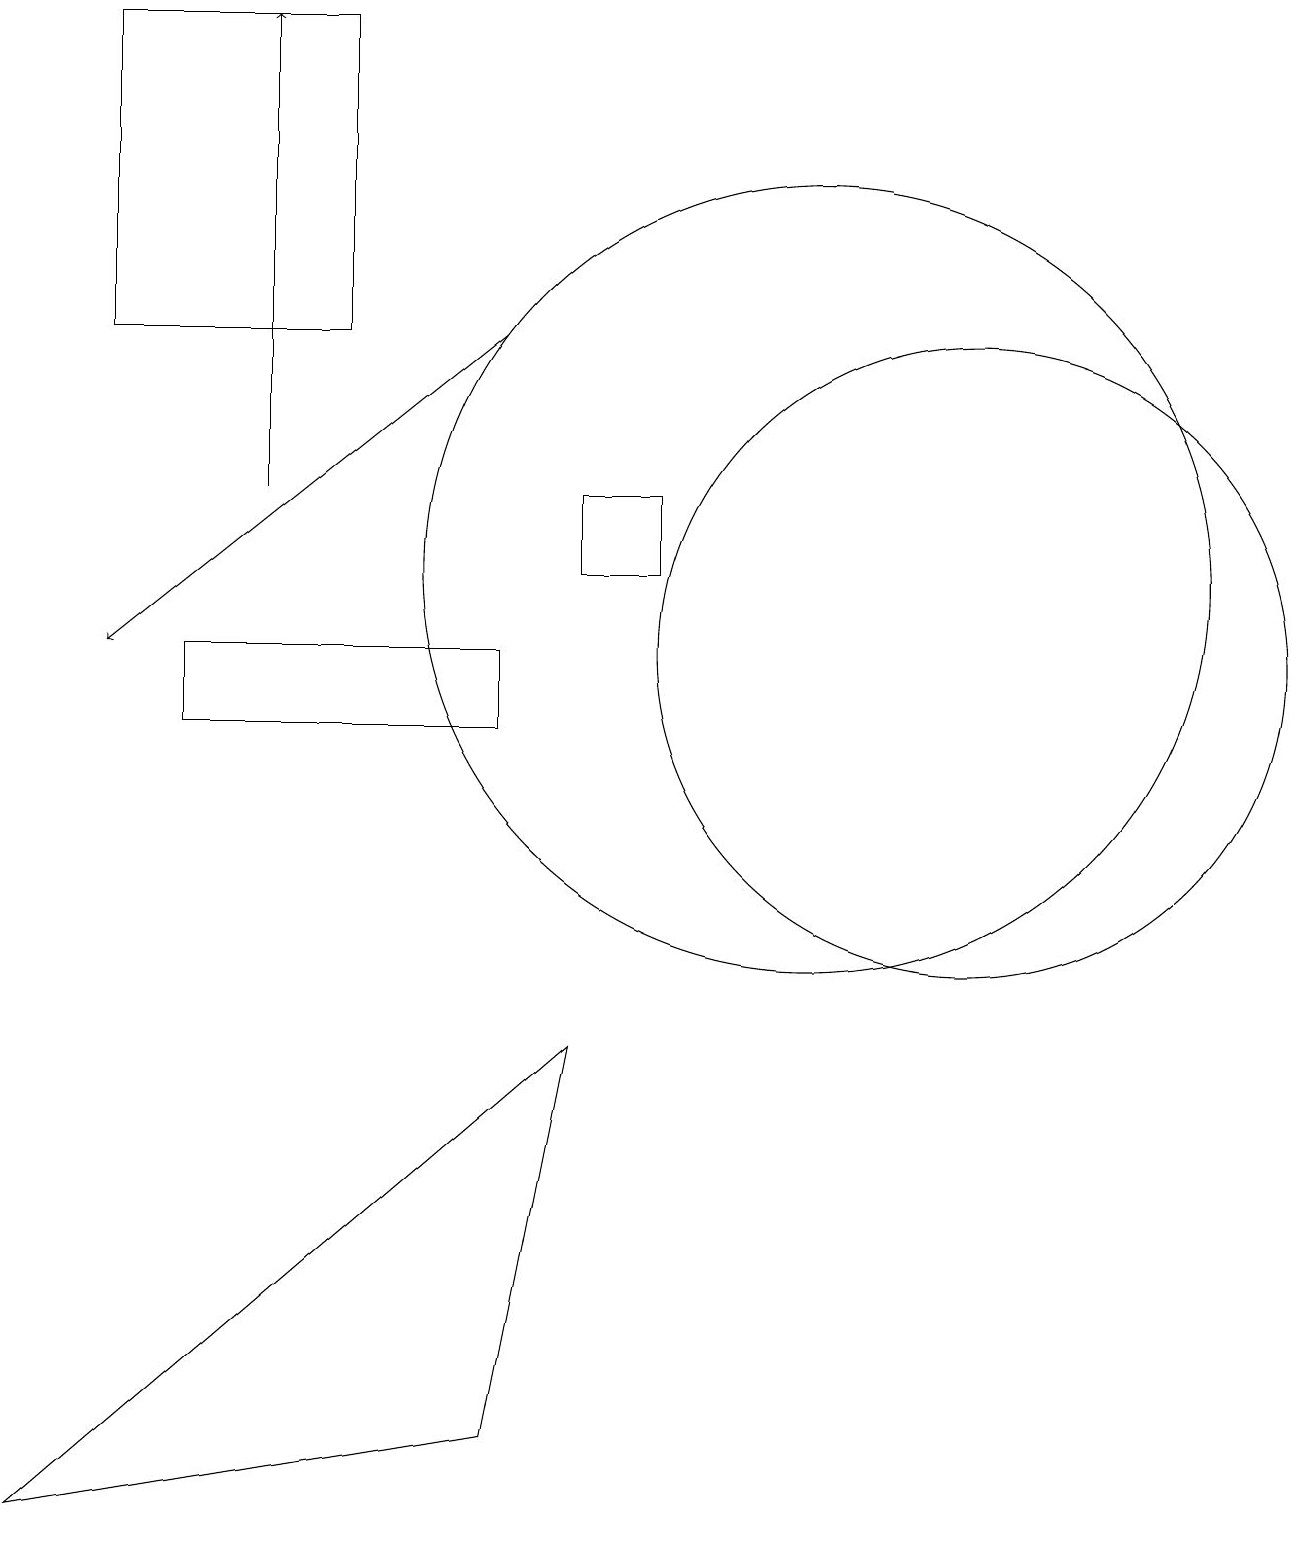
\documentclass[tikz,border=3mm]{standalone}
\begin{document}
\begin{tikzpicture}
\draw (4,15) rectangle (1,19);
\draw (12,11) circle (4);
\draw (10,12) circle (5);
\draw[->] (6,15) -- (1,11);
\draw (6,10) rectangle (2,11);
\draw (0,0) -- (6,1) -- (7,6) -- cycle;
\draw[->] (3,13) -- (3,19);
\draw (7,13) rectangle (8,12);
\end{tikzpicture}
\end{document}